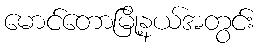
မောင်တောမြို့နယ်အတွင်း